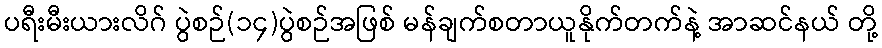
ပရီးမီးယားလိဂ် ပွဲစဉ်(၁၄)ပွဲစဉ်အဖြစ် မန်ချက်စတာယူနိုက်တက်နဲ့ အာဆင်နယ် တို့